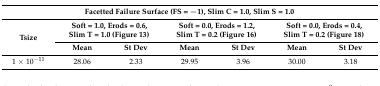
<table><thead><tr><td colspan="7"><b>Facetted Failure Surface (FS = −1), Slim C = 1.0, Slim S = 1.0</b></td></tr><tr><td rowspan="2"><b>Tsize</b></td><td colspan="2"><b>Soft = 1.0, Erods = 0.6, Slim T = 1.0 (Figure 13)</b></td><td colspan="2"><b>Soft = 0.0, Erods = 1.2, Slim T = 0.2 (Figure 16)</b></td><td colspan="2"><b>Soft = 0.0, Erods = 0.4, Slim T = 0.2 (Figure 18)</b></td></tr><tr><td><b>Mean</b></td><td><b>St Dev</b></td><td><b>Mean</b></td><td><b>St Dev</b></td><td><b>Mean</b></td><td><b>St Dev</b></td></tr></thead><tbody><tr><td>1 × 10<sup>−11</sup></td><td>28.06</td><td>2.33</td><td>29.95</td><td>3.96</td><td>30.00</td><td>3.18</td></tr></tbody></table>